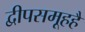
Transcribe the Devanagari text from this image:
द्वीपसमूहहै